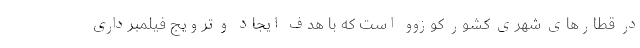
در قطارهای شهری کشور کوزوو است که با هدف ایجاد و ترویج فیلمبرداری